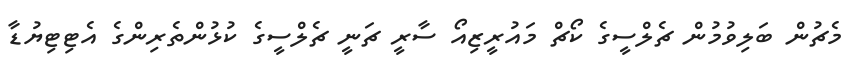
މެޗުން ބަލިވުމުން ޗެލްސީގެ ކޯޗް މައުރީޒިއޯ ސާރީ ޗަނީ ޗެލްސީގެ ކުޅުންތެރިންގެ އެޓިޓިޔުޑާ